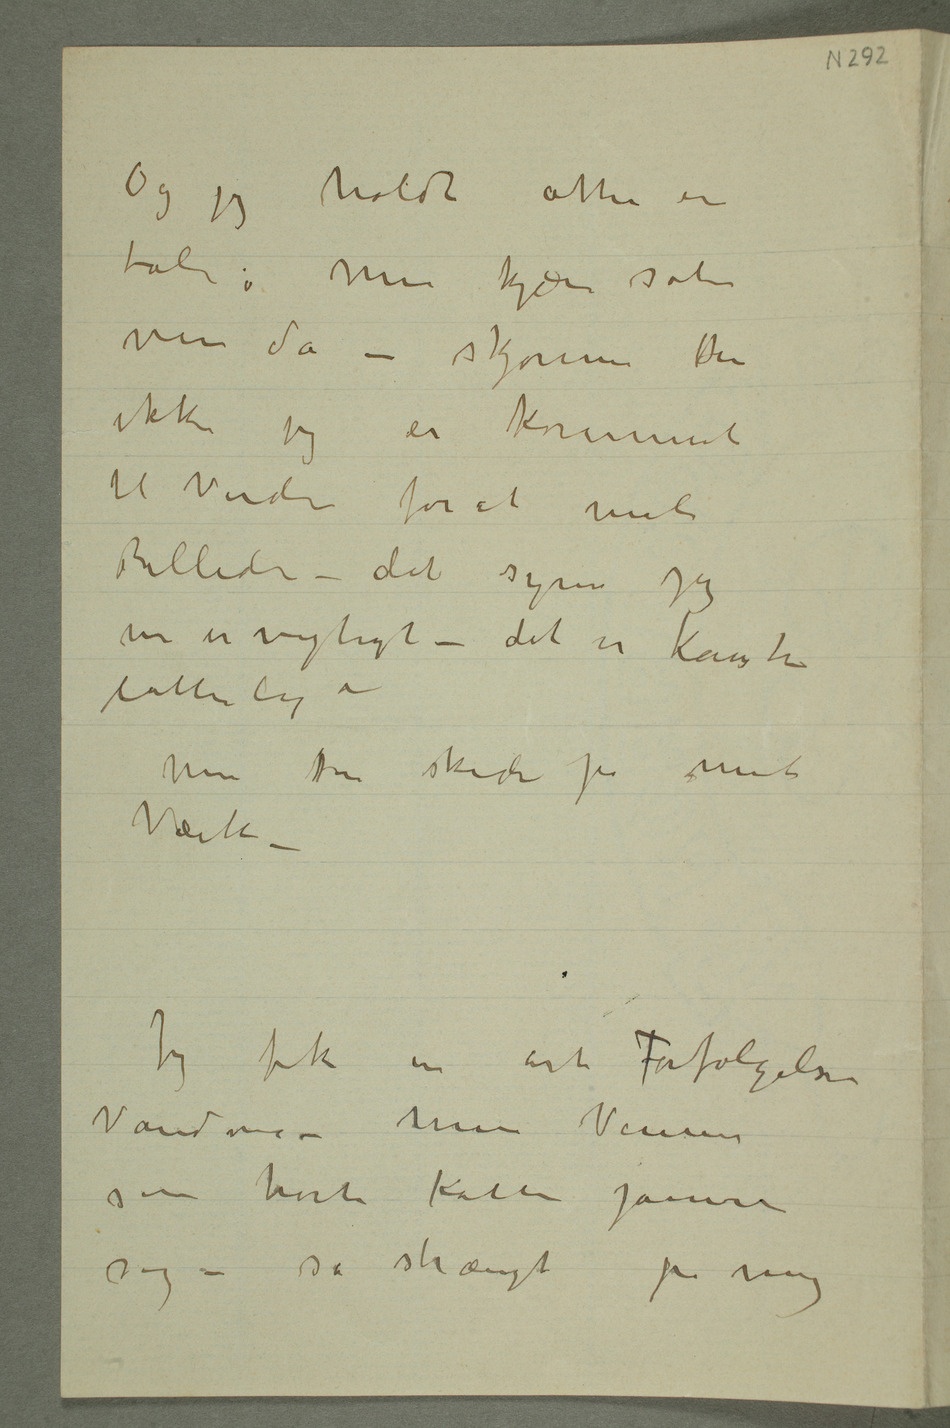
Og jeg holdt atter en
tale: Min kjære søte
ven da – skjønner Du
ikke jeg er kommet
til Verden forat male
Billeder – det synes jeg
nu er vigtigt – det er kanske
latterlig –
Men Du skider på mit
Værk –
Jeg fik en art Forfølgelses
Vandvi – mine Venner
som hørte katten jamre
sig – så strængt på mig